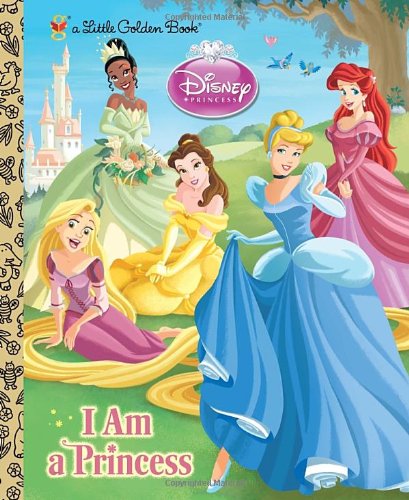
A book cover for I am a Princess (Disney Princess) (Little Golden Book); Andrea Posner-Sanchez; Children's Books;